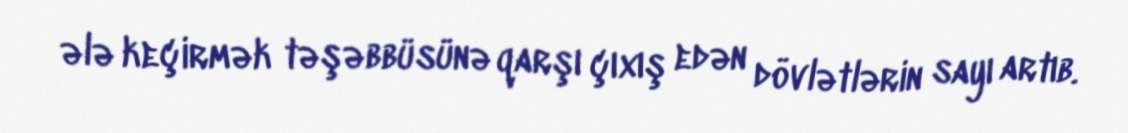
ələ keçirmək təşəbbüsünə qarşı çıxış edən dövlətlərin sayı artıb.